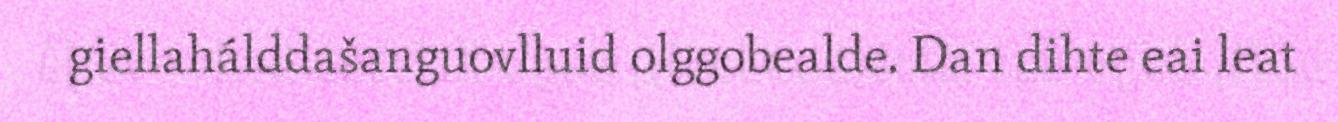
giellahálddašanguovlluid olggobealde. Dan dihte eai leat